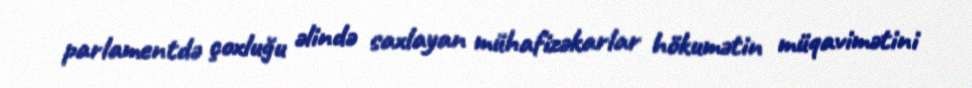
parlamentdə çoxluğu əlində saxlayan mühafizəkarlar hökumətin müqavimətini